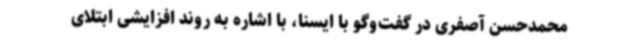
محمدحسن آصفری در گفت‌وگو با ایسنا، با اشاره به روند افزایشی ابتلای